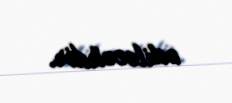
ediləcəkdir.